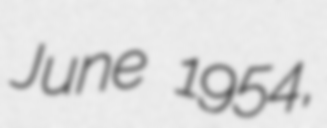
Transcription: June 1954,